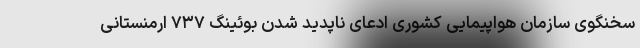
سخنگوی سازمان هواپیمایی کشوری ادعای ناپدید شدن بوئینگ ۷۳۷ ارمنستانی